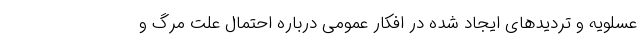
عسلویه و تردیدهای ایجاد شده در افکار عمومی درباره احتمال علت مرگ و